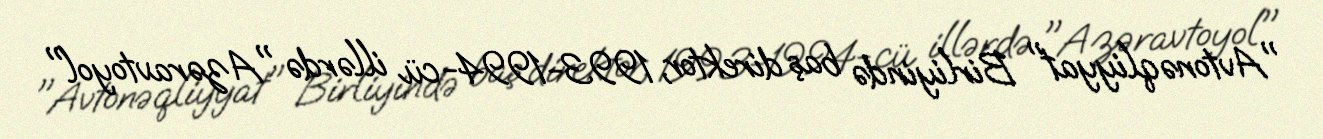
"Avtonəqliyyat" Birliyində baş direktor, 1993-1994-cü illərdə "Azəravtoyol"